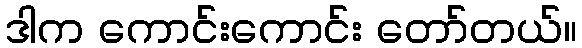
ဒါက ကောင်းကောင်း တော်တယ်။